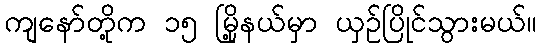
ကျနော်တို့က ၁၅ မြို့နယ်မှာ ယှဉ်ပြိုင်သွားမယ်။